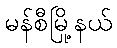
မန်စီမြို့နယ်